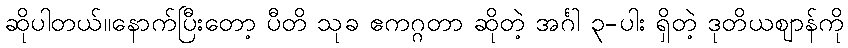
ဆိုပါတယ်။နောက်ပြီးတော့ ပီတိ သုခ ဧကဂ္ဂတာ ဆိုတဲ့ အင်္ဂါ ၃-ပါး ရှိတဲ့ ဒုတိယဈာန်ကို